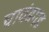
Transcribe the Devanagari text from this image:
चावंडगड